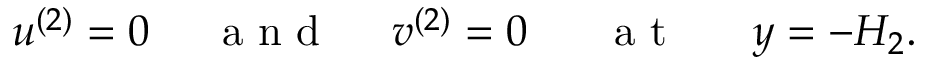
\begin{array} { r } { u ^ { ( 2 ) } = 0 ~ ~ ~ ~ \mathrm { ~ a ~ n ~ d ~ } ~ ~ ~ ~ v ^ { ( 2 ) } = 0 ~ ~ ~ ~ ~ \mathrm { ~ a ~ t ~ } ~ ~ ~ ~ ~ y = - H _ { 2 } . } \end{array}